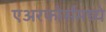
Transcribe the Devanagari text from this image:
एअरफोर्समध्ये